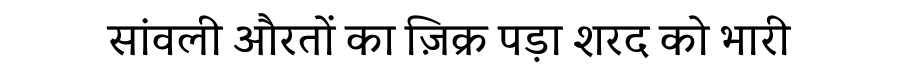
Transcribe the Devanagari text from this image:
सांवली औरतों का ज़िक्र पड़ा शरद को भारी